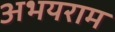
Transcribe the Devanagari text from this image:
अभयराम